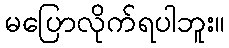
မပြောလိုက်ရပါဘူး။